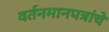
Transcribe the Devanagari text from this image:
वर्तनमानपत्रांचे